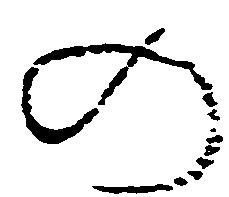
の